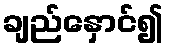
ချည်နှောင်၍